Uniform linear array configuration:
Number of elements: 16
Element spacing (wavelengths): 0.25
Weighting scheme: kaiser
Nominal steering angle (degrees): -45
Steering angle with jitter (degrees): -44.769
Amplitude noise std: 0.05
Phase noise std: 0.05

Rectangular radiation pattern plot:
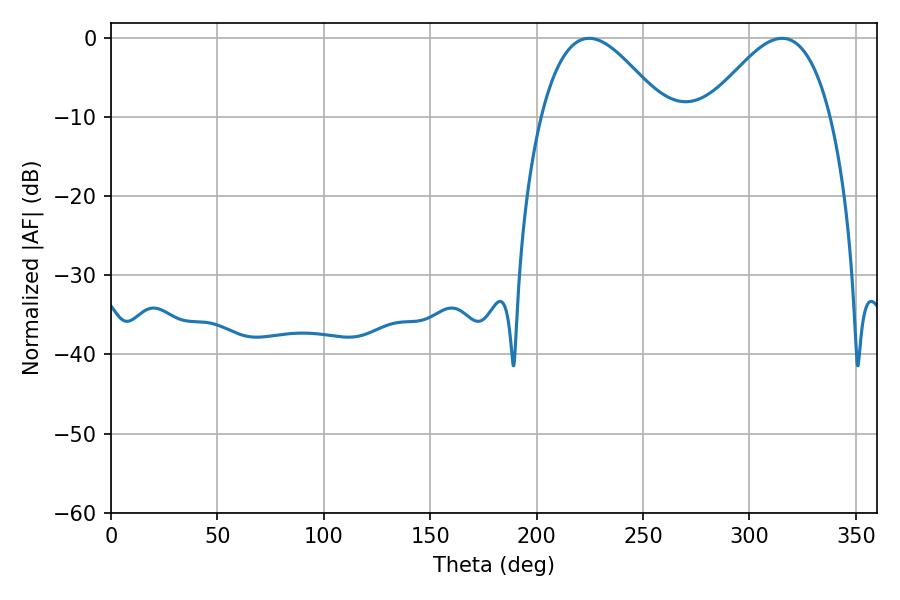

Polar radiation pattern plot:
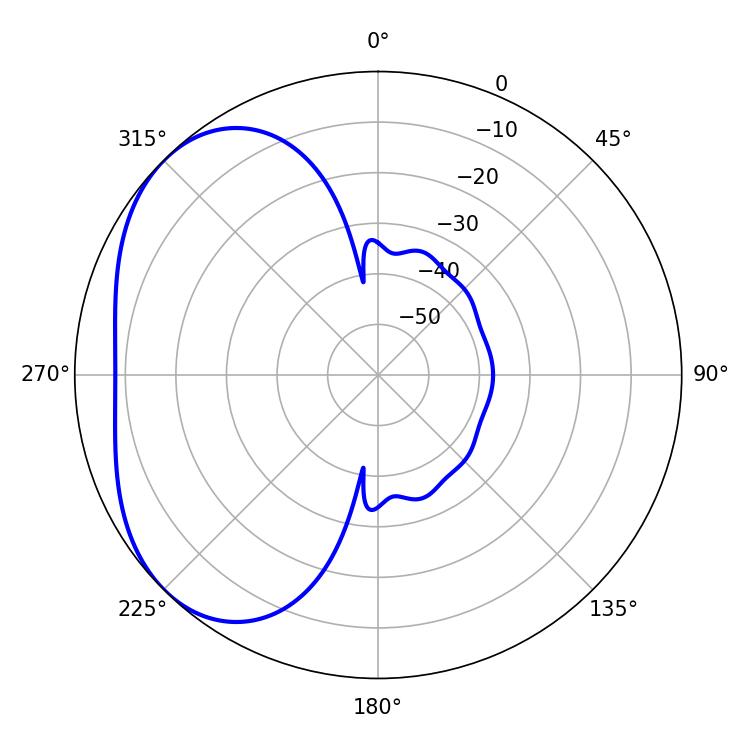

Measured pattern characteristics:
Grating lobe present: FALSE
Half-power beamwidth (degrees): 31.32
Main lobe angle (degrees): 224.64